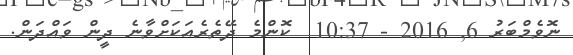
ނޮވެމްބަރު 6